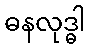
ဓနလုဒ္ဓါ